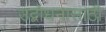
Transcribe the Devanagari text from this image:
उद्बोधनासाठी